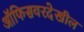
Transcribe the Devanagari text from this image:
ऑफिसवरदेखील